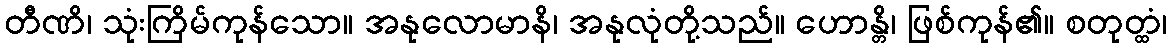
တီဏိ၊ သုံးကြိမ်ကုန်သော။ အနုလောမာနိ၊ အနုလုံတို့သည်။ ဟောန္တိ၊ ဖြစ်ကုန်၏။ စတုတ္ထံ၊